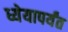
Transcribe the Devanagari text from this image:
ध्येयापर्यंत